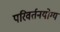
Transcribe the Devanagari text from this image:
परिवर्तनयोग्य